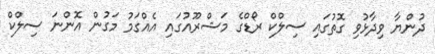
ދުންޔާ ވިދާޅުވި ގޮތުގައި ސިލްކް ރޯޑްގެ މަޝްރޫއުގައި އެއްގަމު މަގުން އޮންނަ ސިލްކް